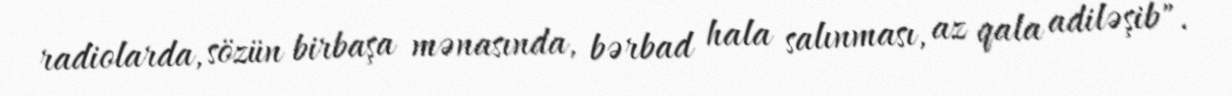
radiolarda, sözün birbaşa mənasında, bərbad hala salınması, az qala adiləşib".